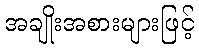
အချိုးအစားများဖြင့်